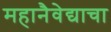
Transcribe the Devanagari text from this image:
महानैवेद्याचा